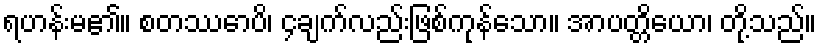
ရဟန်းမ၏။ စတဿောပိ၊ ၄ချက်လည်းဖြစ်ကုန်သော။ အာပတ္တိယော၊ တို့သည်။